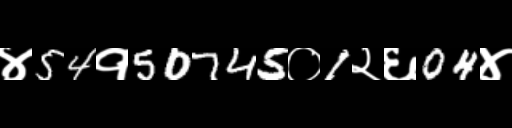
Text: ४54१50745०1२६04४